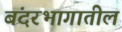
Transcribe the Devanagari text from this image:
बंदरभागातील